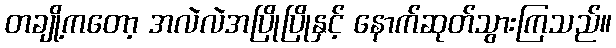
တချို့ကတော့ အလဲလဲအပြိုပြိုနှင့် နောက်ဆုတ်သွားကြသည်။